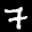
Label: 7